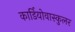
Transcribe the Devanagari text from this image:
कार्डियोवास्कुलर